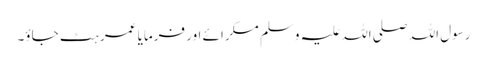
رسول اللہ صلی اللہ علیہ وسلم مسکرائے اور فرمایا عمر ہٹ جاؤ۔